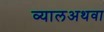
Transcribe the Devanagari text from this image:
व्यालअथवा